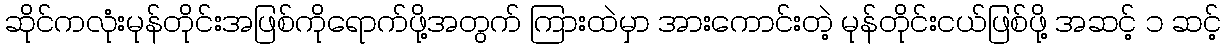
ဆိုင်ကလုံးမုန်တိုင်းအဖြစ်ကိုရောက်ဖို့အတွက် ကြားထဲမှာ အားကောင်းတဲ့ မုန်တိုင်းငယ်ဖြစ်ဖို့ အဆင့် ၁ ဆင့်